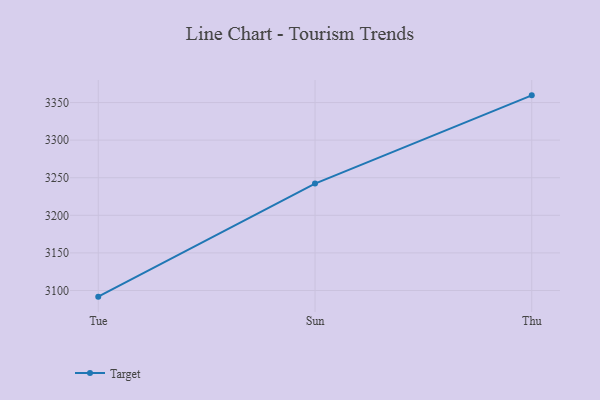
{"axis": {"x": "Day", "y": "LTV (USD)"}, "legend": ["Target"], "data": [{"x": "Tue", "y": 3091.8, "type": "Target"}, {"x": "Sun", "y": 3242.2, "type": "Target"}, {"x": "Thu", "y": 3359.6, "type": "Target"}]}